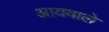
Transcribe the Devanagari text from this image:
आयवाले